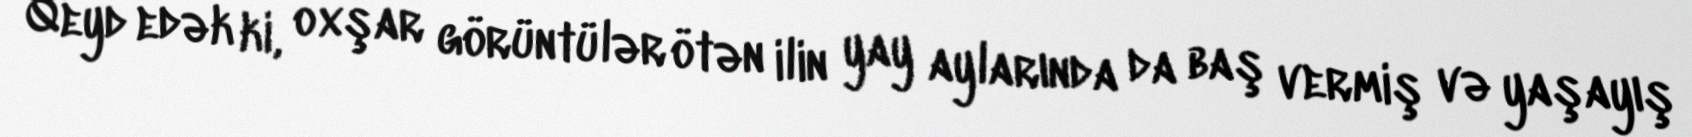
Qeyd edək ki, oxşar görüntülər ötən ilin yay aylarında da baş vermiş və yaşayış